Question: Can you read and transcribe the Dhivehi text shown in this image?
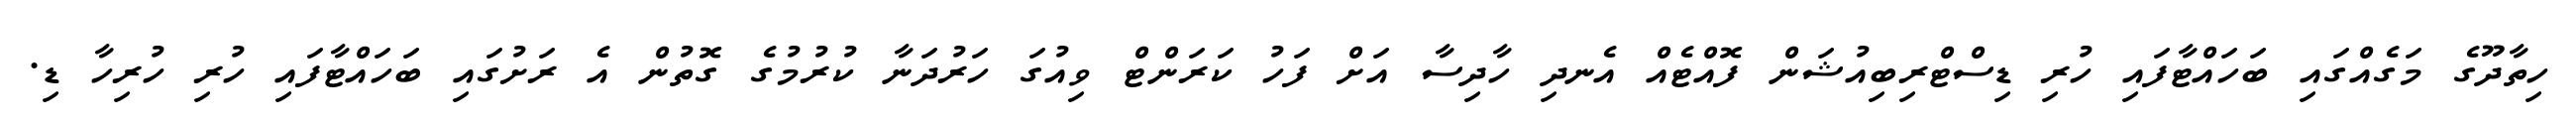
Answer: ހިތާދޫގެ މަގެއްގައި ބަހައްޓާފައި ހުރި ޑިސްޓްރިބިއުޝަން ފޮއްޓެއް އެނދި ހާދިސާ އަށް ފަހު ކަރަންޓް ވިއުގަ ހަރުދަނާ ކުރުމުގެ ގޮތުން އެ ރަށުގައި ބަހައްޓާފައި ހުރި ހުރިހާ ޑި.